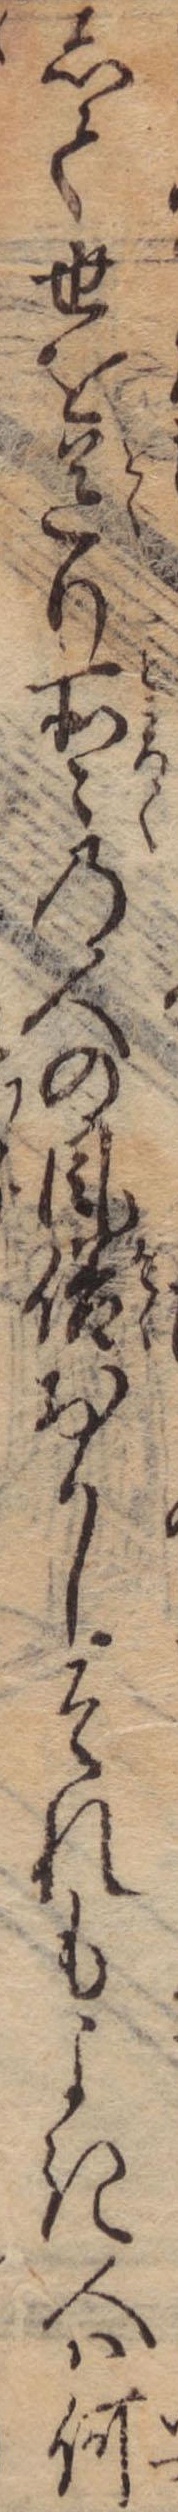
して世を送り所々の人の風俗おかしそれもよき人は何